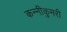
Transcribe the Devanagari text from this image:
कन्नीकुमरी